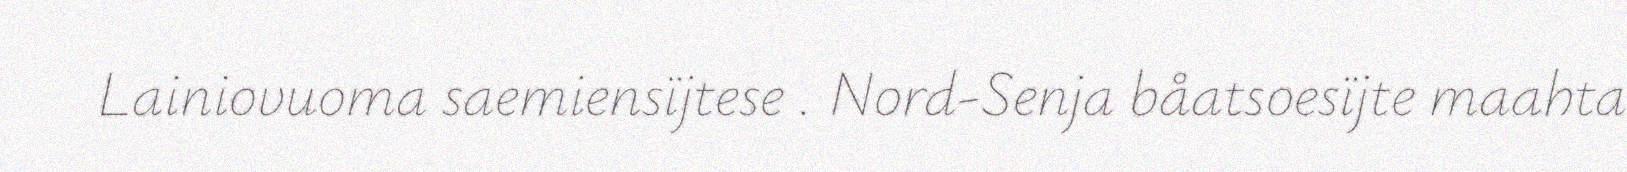
Lainiovuoma saemiensïjtese . Nord-Senja båatsoesïjte maahta